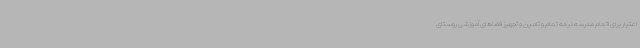
اعتبار برای اتمام مدرسه نیمه تمام و تامین و تجهیز فضاهای آموزشی روستای